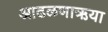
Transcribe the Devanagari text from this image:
आढळणाऋया